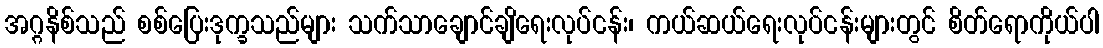
အဂ္ဂနိစ်သည် စစ်ပြေးဒုက္ခသည်များ သက်သာချောင်ချိရေးလုပ်ငန်း၊ ကယ်ဆယ်ရေးလုပ်ငန်းများတွင် စိတ်ရောကိုယ်ပါ